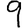
Digit: 9